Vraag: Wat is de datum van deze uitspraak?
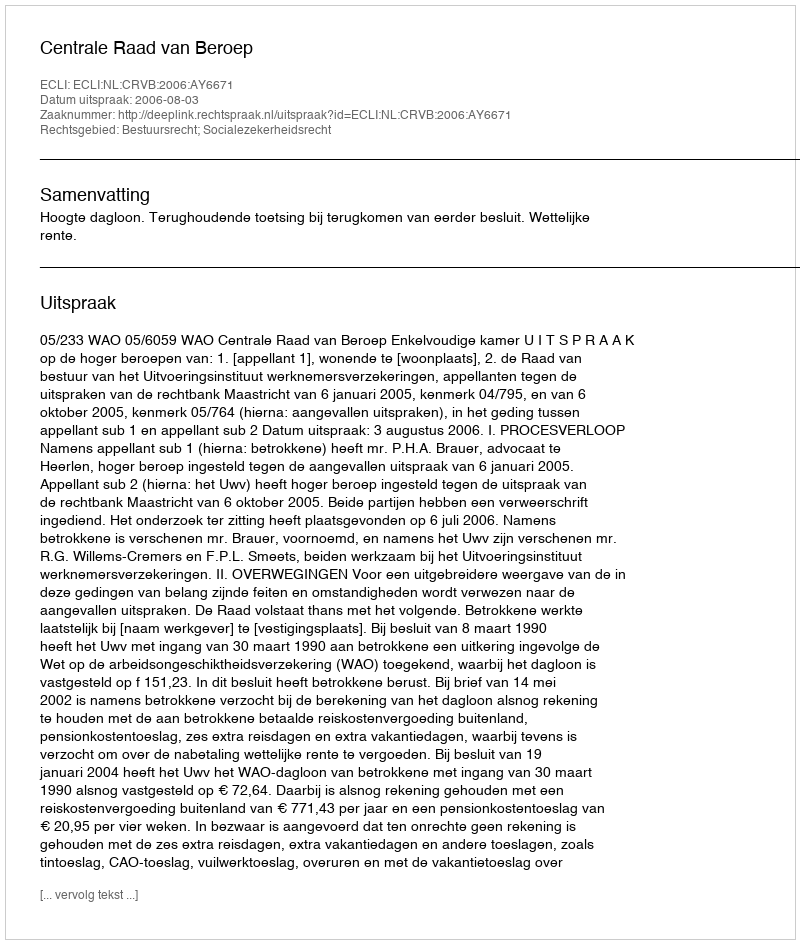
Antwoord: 2006-08-03